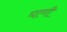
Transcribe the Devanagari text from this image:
घाणी